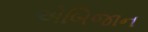
એબિજાન